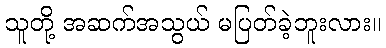
သူတို့ အဆက်အသွယ် မပြတ်ခဲ့ဘူးလား။